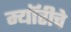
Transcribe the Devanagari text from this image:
म्यॉरीचे